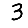
Digit: 3